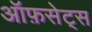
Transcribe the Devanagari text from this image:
ऑफ़सेट्स